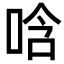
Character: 唅